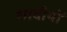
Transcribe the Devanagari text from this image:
शादीयों